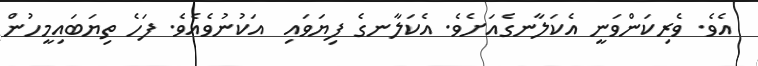
އެވެ. ވެރިކަންވަނީ އެކަލާނގެއަށެވެ. އެކަލާނގެ ފިޔަވައި  އަކުނުވެއެވެ. ފަހެ ތިޔަބައިމީހުން